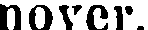
nover.